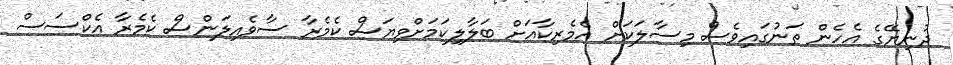
ދުނިޔޭގެ އެހެން ތަނުގައިވެސް މިސާލަކަށް އެމެރިކާއަށް ބަލާލިކަމަށްވިޔަސް ކެމެރާ ސާވެއިލަންސް ކެމެރާ އެކްސަސް